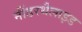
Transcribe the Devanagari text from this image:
नींडरथैलाइड